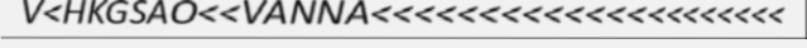
V<HKGSAO<<VANNA<<<<<<<<<<<<<<<<<<<<<